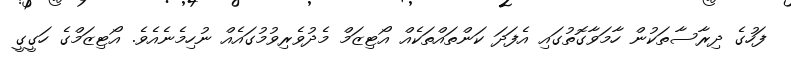
ފަހުގެ ދިރާސާތަކުން ހާމަވާގޮތުގައި އެފަދަ ކަންތައްތަކެއް އޯޓިޒަމް މެދުވެރިވުމުގައެއް ނުހިމެނެއެވެ. އޯޓިޒަމްގެ ހަގީގީ